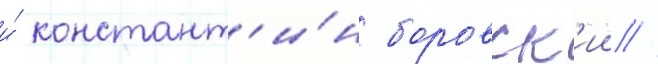
и́ констант'и́н боровск'ии /